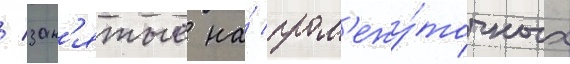
/ зан'ятые на́ пром'ежу́точных